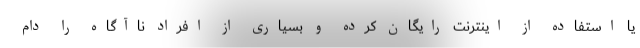
یا استفاده از اینترنت رایگان کرده و بسیاری از افراد ناآگاه را دام